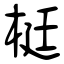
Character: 梃